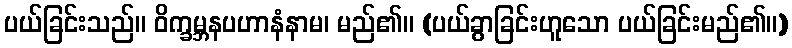
ပယ်ခြင်းသည်။ ဝိက္ခမ္ဘနပဟာနံနာမ၊ မည်၏။ (ပယ်ခွာခြင်းဟူသော ပယ်ခြင်းမည်၏။)